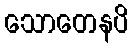
သောတေနပိ